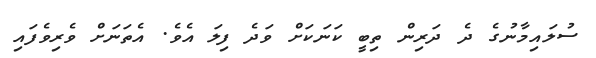
ސުލައިމާނުގެ ދެ ދަރިން ތިބީ ކަނަކަށް ވަދެ ފިލަ އެވެ. އެތަނަށް ވެރިވެފައި